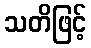
သတိဖြင့်